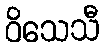
ဝိသေသီ